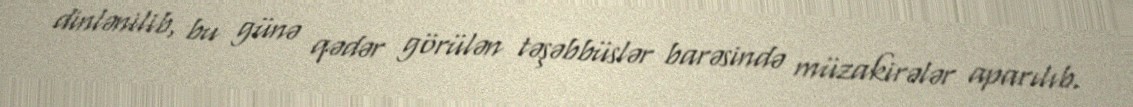
dinlənilib, bu günə qədər görülən təşəbbüslər barəsində müzakirələr aparılıb.